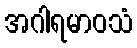
အဂါရမာဝသံ